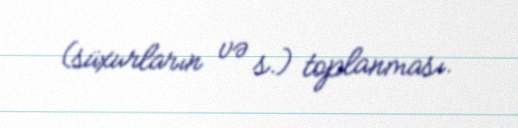
(süxurların və s.) toplanması.